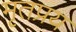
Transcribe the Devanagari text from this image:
मृतप्रय